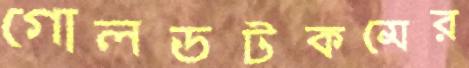
গোলডটকমের